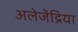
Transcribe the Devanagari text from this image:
अलेजेंद्रिया